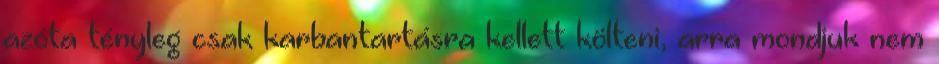
azóta tényleg csak karbantartásra kellett költeni, arra mondjuk nem